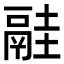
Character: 𩰳